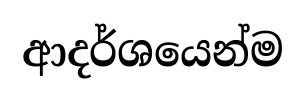
ආදර්ශයෙන්ම